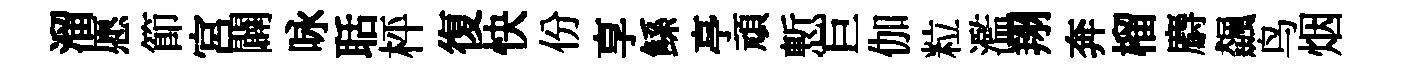
溜愿節宮闢咏聒枰復快份享鲧亭頑慙巨伽粒濫翔奔榴麝飆鸟烟